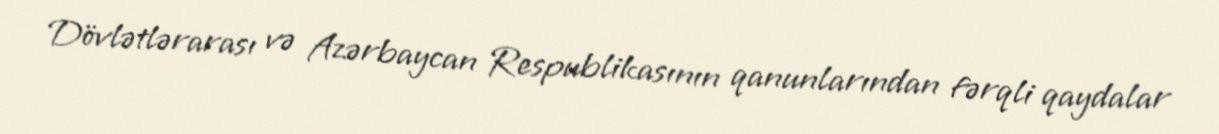
Dövlətlərarası və Azərbaycan Respublikasının qanunlarından fərqli qaydalar